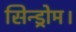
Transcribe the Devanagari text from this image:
सिन्ड्रोम।